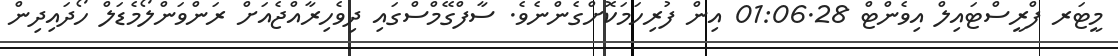
މީޓަރ ފްރީސްޓައިލް އިވެންޓް 01:06.28 އިން ފުރިހަމަކޮށްގެންނެވެ. ސާފްގޭމްސްގައި ދިވެހިރާއްޖެއަށް ރަންވަންލޯމެޑަލް ހޯދައިދިން